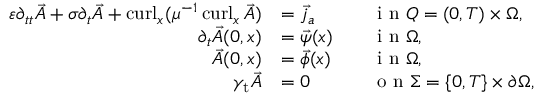
\begin{array} { r l r l } { \varepsilon \partial _ { t t } \vec { A } + \sigma \partial _ { t } \vec { A } + \operatorname { c u r l } _ { x } ( \mu ^ { - 1 } \operatorname { c u r l } _ { x } \vec { A } ) } & { = \vec { j } _ { a } } & & { \textmd { i n } Q = ( 0 , T ) \times \Omega , } \\ { \partial _ { t } \vec { A } ( 0 , x ) } & { = \vec { \psi } ( x ) } & & { \textmd { i n } \Omega , } \\ { \vec { A } ( 0 , x ) } & { = \vec { \phi } ( x ) } & & { \textmd { i n } \Omega , } \\ { \gamma _ { \mathrm { t } } \vec { A } } & { = 0 } & & { \textmd { o n } \Sigma = \{ 0 , T \} \times \partial \Omega , } \end{array}